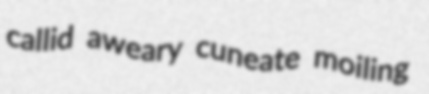
callid aweary cuneate moiling